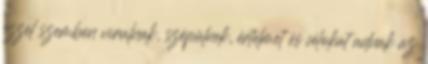
ezzel szemben virulnak, szépülnek, értelmet és célokat adnak az